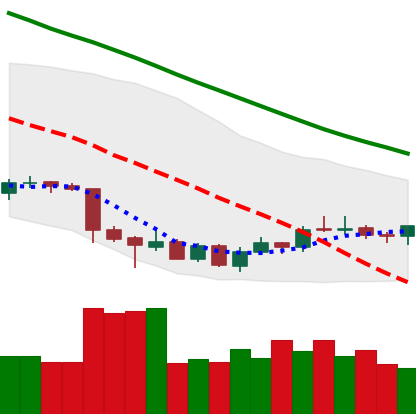
Ticker: LTC-USD
Chart end date: 2018-07-07
Forward return: -10.897%
Label: down_7plus